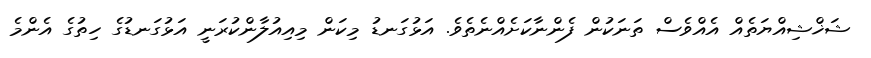
ޝަޚްޝިއްޔަތެއް އެއްވެސް ތަނަކުން ފެންނާކަށެއްނެތެވެ. އަޅުގަނޑު މިކަން މިއިއުލާންކުރަނީ އަޅުގަނޑުގެ ހިތުގެ އެންމެ